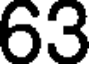
63